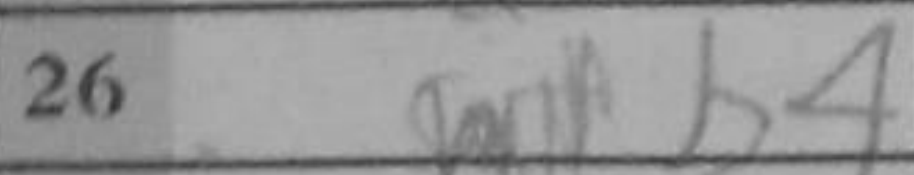
Transcription: b4